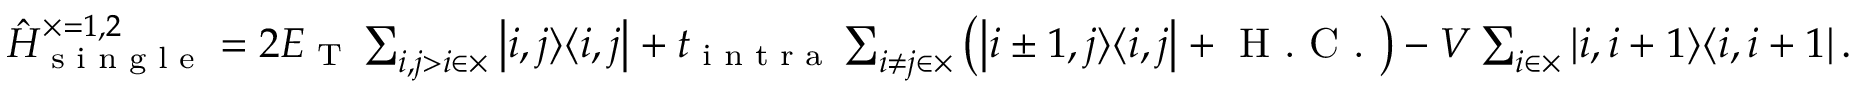
\begin{array} { r } { \hat { H } _ { \textrm { s i n g l e } } ^ { \times = 1 , 2 } = 2 E _ { \textrm { T } } \sum _ { i , j > i \in \times } \left| i , j \rangle \langle i , j \right| + t _ { \textrm { i n t r a } } \sum _ { i \ne j \in \times } \left( \left| i \pm 1 , j \rangle \langle i , j \right| + \textrm { H . C . } \right) - V \sum _ { i \in \times } \left| i , i + 1 \rangle \langle i , i + 1 \right| . } \end{array}